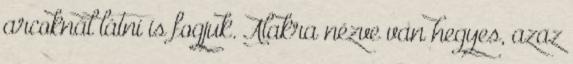
arcoknál látni is fogjuk. Alakra nézve van hegyes, azaz